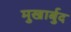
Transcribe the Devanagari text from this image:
मुखार्बुद